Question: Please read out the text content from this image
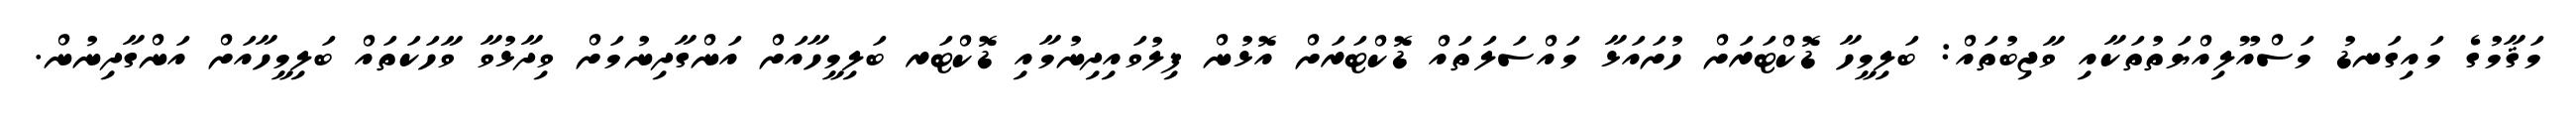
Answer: މަޤާމުގެ މައިގަނޑު މަސްއޫލިއްޔަތުތަކާއި ވާޖިބުތައް: ބަލިމީހާ ޑޮކްޓަރަށް ހުށައަޅާ މައްސަލަތައް ޑޮކްޓަރަށް އޮޅުން ފިލުވައިދިނުމާއި ޑޮކްޓަރ ބަލިމީހާއަށް އަންގާދިނުމަށް ވިދާޅުވާ ވާހަކަތައް ބަލިމީހާއަށް އަންގާދިނުން.